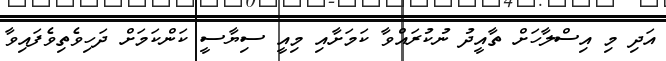
އަދި މި އިސްލާހަށް ތާއީދު ނުކުރައްވާ ކަމަށާއި މިއީ ސިޔާސީ ކަންކަމަށް ދަހިވެތިވެފައިވާ